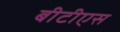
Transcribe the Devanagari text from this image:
बीटीएस